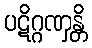
ပဋိဂ္ဂဏှန္တိ